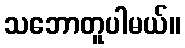
သဘောတူပါမယ်။